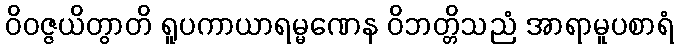
ဝိဝဇ္ဇယိတွာတိ ရူပကာယာရမ္မဏေန ဝိဘတ္တိသညံ အာရာမူပစာရံ